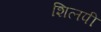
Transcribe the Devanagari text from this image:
शिलपी